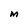
Character: M